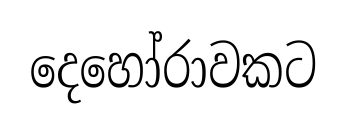
දෙහෝරාවකට